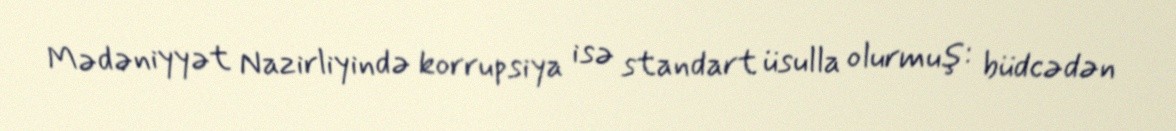
Mədəniyyət Nazirliyində korrupsiya isə standart üsulla olurmuş: büdcədən